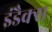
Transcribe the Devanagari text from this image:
इंडैक्स